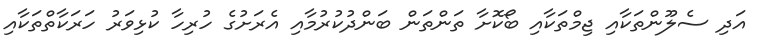
އަދި ސެލޫންތަކާއި ޖިމްތަކާއި ބޯކޮށާ ތަންތަން ބަންދުކުރުމާއި އެރަށުގެ ހުރިހާ ކުޅިވަރު ހަރަކާތްތަކާއި